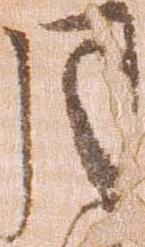
月